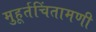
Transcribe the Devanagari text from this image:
मुहूर्तचिंतामणी